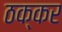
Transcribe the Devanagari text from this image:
ठक्‍कर